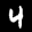
Digit: 4